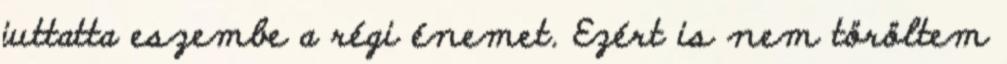
juttatta eszembe a régi énemet. Ezért is nem töröltem